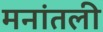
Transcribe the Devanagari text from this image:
मनांतली